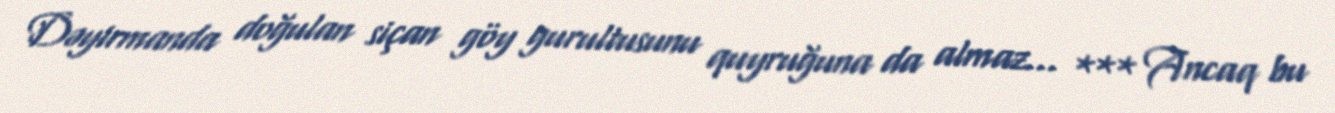
Dəyirmanda doğulan siçan göy gurultusunu quyruğuna da almaz... *** Ancaq bu